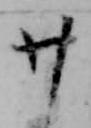
廿